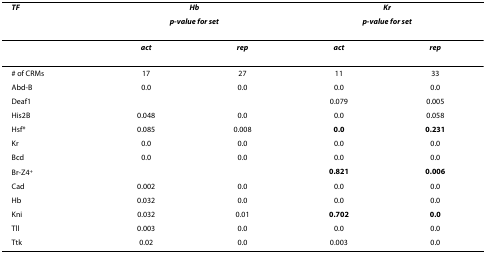
| TF | <COLSPAN=2> Hb | <COLSPAN=2> Kr |
 |  | <COLSPAN=2> p-value for set | <COLSPAN=2> p-value for set |
 | --- | --- | --- | --- | --- |
 |  | act | rep | act | rep |
 | # of CRMs | 17 | 27 | 11 | 33 |
 | Abd-B | 0.0 | 0.0 | 0.0 | 0.0 |
 | Deaf1 |  |  | 0.079 | 0.005 |
 | His2B | 0.048 | 0.0 | 0.0 | 0.058 |
 | Hsf* | 0.085 | 0.008 | 0.0 | 0.231 |
 | Kr | 0.0 | 0.0 | 0.0 | 0.0 |
 | Bcd | 0.0 | 0.0 | 0.0 | 0.0 |
 | Br-Z4+ |  |  | 0.821 | 0.006 |
 | Cad | 0.002 | 0.0 | 0.0 | 0.0 |
 | Hb | 0.032 | 0.0 | 0.0 | 0.0 |
 | Kni | 0.032 | 0.01 | 0.702 | 0.0 |
 | Tll | 0.003 | 0.0 | 0.0 | 0.0 |
 | Ttk | 0.02 | 0.0 | 0.003 | 0.0 |